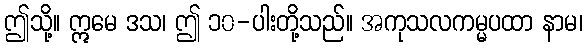
ဤသို့။ ဣမေ ဒသ၊ ဤ ၁၀-ပါးတို့သည်။ အကုသလကမ္မပထာ နာမ၊